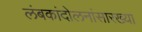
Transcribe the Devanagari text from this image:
लंबकांदोलनांसारख्या